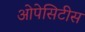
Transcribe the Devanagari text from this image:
ओपेसिटीस